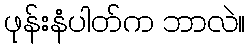
ဖုန်းနံပါတ်က ဘာလဲ။